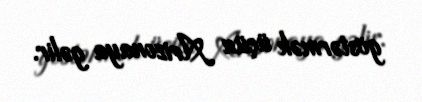
göstərmək üçün Arizonaya gəlir.